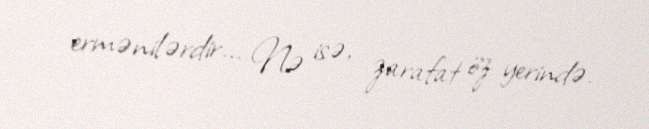
ermənilərdir... Nə isə, zarafat öz yerində.